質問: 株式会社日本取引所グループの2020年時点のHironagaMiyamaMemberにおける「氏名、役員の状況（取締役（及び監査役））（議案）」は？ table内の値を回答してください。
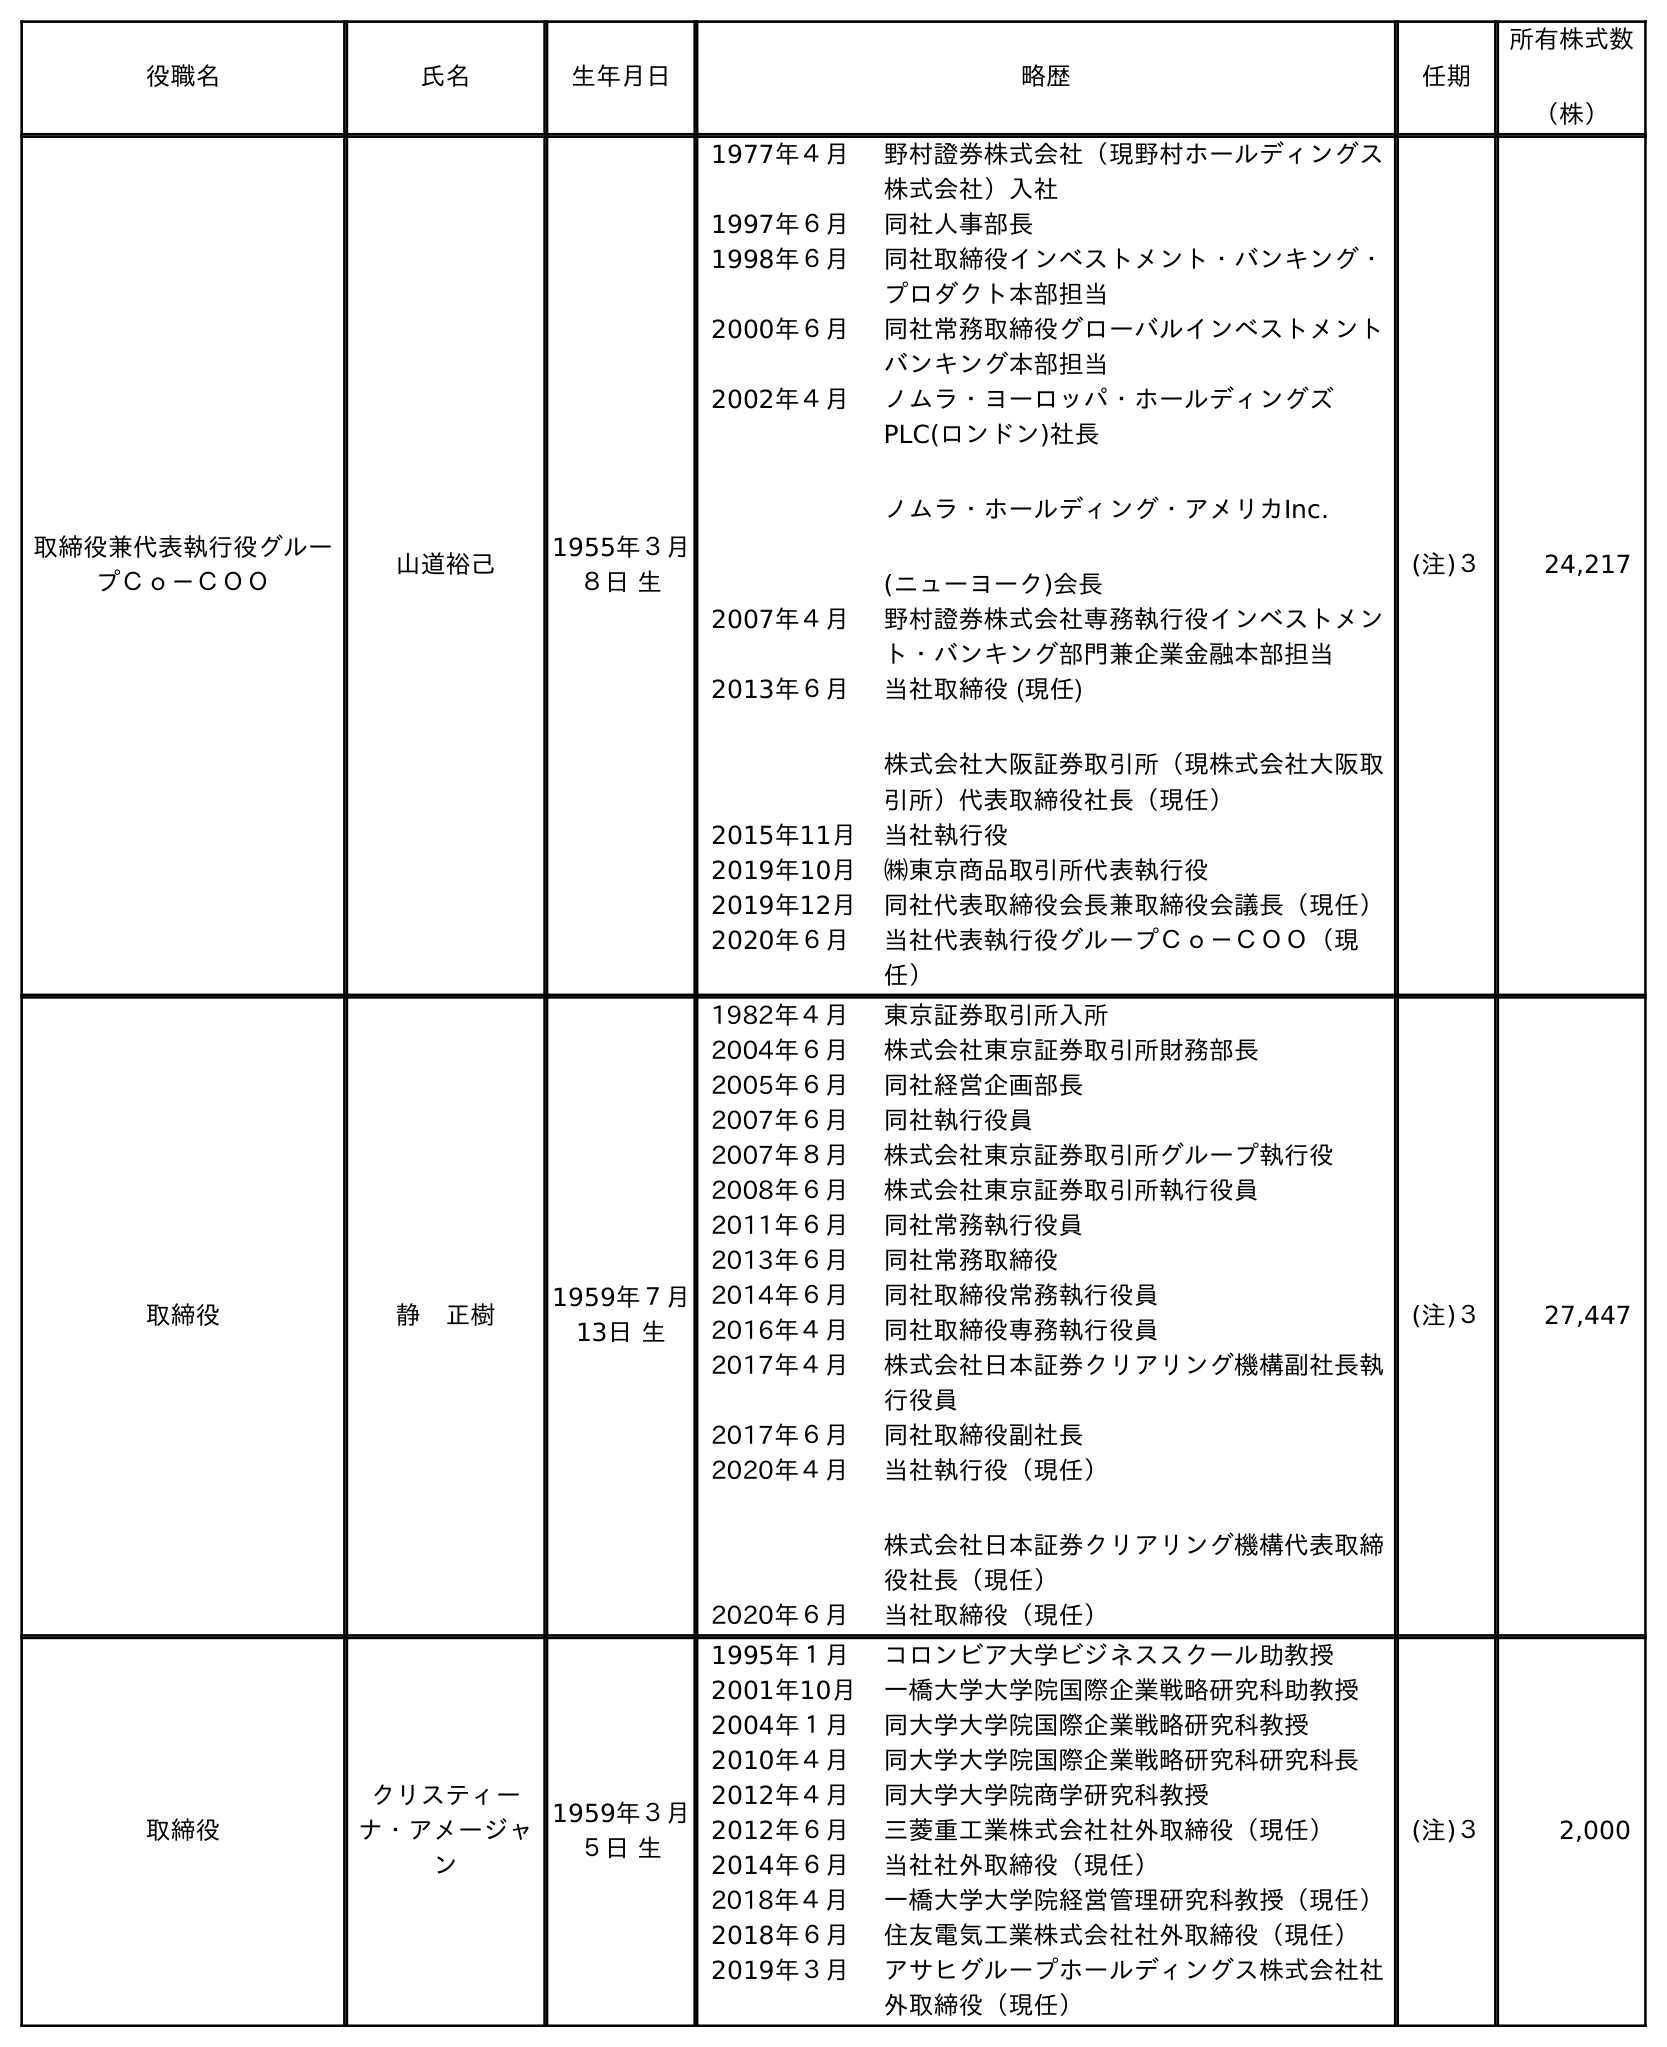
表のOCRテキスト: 役職名 氏名 生年月日 略歴 任期 所有株式数 （株） 取締役兼代表執行役グルー プＣｏ－ＣＯＯ 山道裕己 1955年３月 ８日 生 1977年４月 野村證券株式会社（現野村ホールディングス 株式会社）入社 1997年６月 同社人事部長 1998年６月 同社取締役インベストメント・バンキング・ プロダクト本部担当 2000年６月 同社常務取締役グローバルインベストメント バンキング本部担当 2002年４月 ノムラ・ヨーロッパ・ホールディングズ PLC(ロンドン)社長 ノムラ・ホールディング・アメリカInc. (ニューヨーク)会長 2007年４月 野村證券株式会社専務執行役インベストメン ト・バンキング部門兼企業金融本部担当 2013年６月 当社取締役 (現任) 株式会社大阪証券取引所（現株式会社大阪取 引所）代表取締役社長（現任） 2015年11月 当社執行役 2019年10月 ㈱東京商品取引所代表執行役 2019年12月 同社代表取締役会長兼取締役会議長（現任） 2020年６月 当社代表執行役グループＣｏ－ＣＯＯ（現 任） (注)３ 24,217 取締役 静 正樹 1959年７月 13日 生 1982年４月 東京証券取引所入所 2004年６月 株式会社東京証券取引所財務部長 2005年６月 同社経営企画部長 2007年６月 同社執行役員 2007年８月 株式会社東京証券取引所グループ執行役 2008年６月 株式会社東京証券取引所執行役員 2011年６月 同社常務執行役員 2013年６月 同社常務取締役 2014年６月 同社取締役常務執行役員 2016年４月 同社取締役専務執行役員 2017年４月 株式会社日本証券クリアリング機構副社長執 行役員 2017年６月 同社取締役副社長 2020年４月 当社執行役（現任） 株式会社日本証券クリアリング機構代表取締 役社長（現任） 2020年６月 当社取締役（現任） (注)３ 27,447 取締役 クリスティー ナ・アメージャ ン 1959年３月 ５日 生 1995年１月 コロンビア大学ビジネススクール助教授 2001年10月 一橋大学大学院国際企業戦略研究科助教授 2004年１月 同大学大学院国際企業戦略研究科教授 2010年４月 同大学大学院国際企業戦略研究科研究科長 2012年４月 同大学大学院商学研究科教授 2012年６月 三菱重工業株式会社社外取締役（現任） 2014年６月 当社社外取締役（現任） 2018年４月 一橋大学大学院経営管理研究科教授（現任） 2018年６月 住友電気工業株式会社社外取締役（現任） 2019年３月 アサヒグループホールディングス株式会社社 外取締役（現任） (注)３ 2,000
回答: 静　正樹